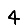
Digit: 4